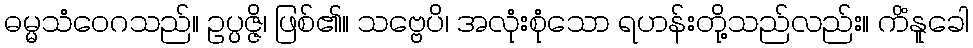
ဓမ္မသံဝေဂသည်။ ဥပ္ပဇ္ဇိ၊ ဖြစ်၏။ သဗ္ဗေပိ၊ အလုံးစုံသော ရဟန်းတို့သည်လည်း။ ကိံနူခေါ